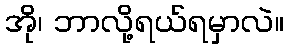
အို၊ ဘာလို့ရယ်ရမှာလဲ။